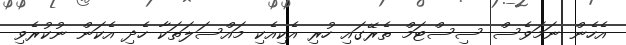
އެހެން ނަމަވެސް ސިސްޓަމް ތެރޭގައި ހުރި އެކިއެކި މައްސަލަތަކާ ހެދި އެކަން ނުކުރެވި